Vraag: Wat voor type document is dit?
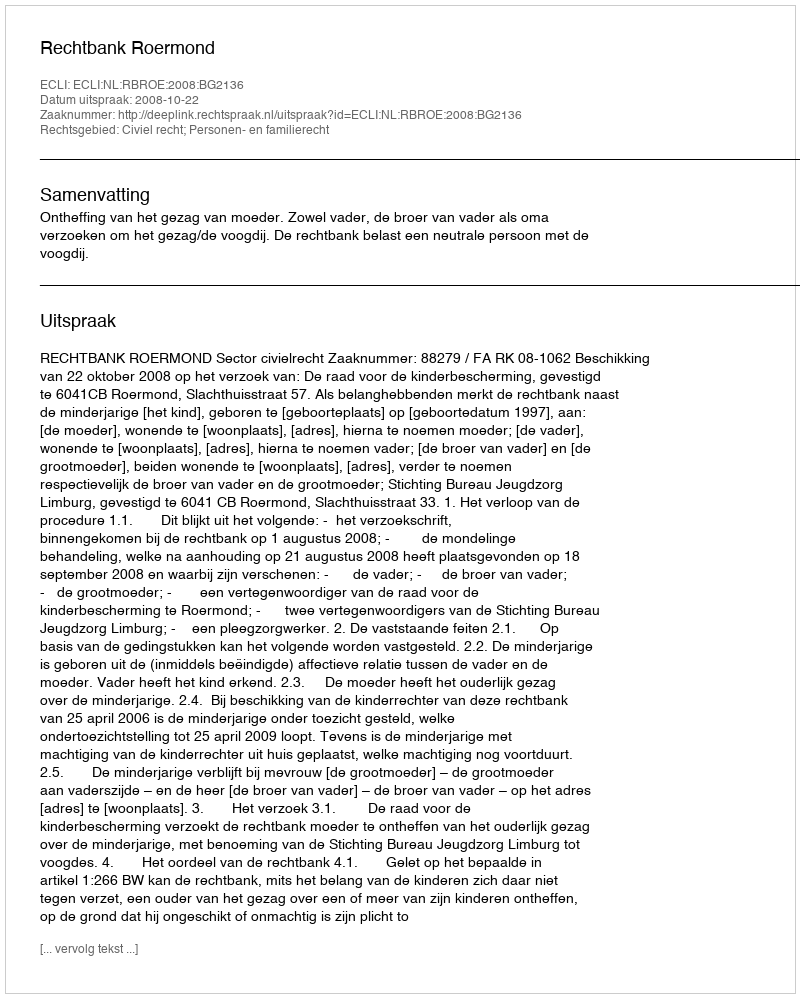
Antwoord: Uitspraak